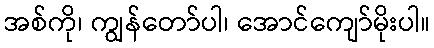
အစ်ကို၊ ကျွန်တော်ပါ၊ အောင်ကျော်မိုးပါ။